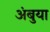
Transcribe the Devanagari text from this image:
अंबुया